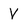
Character: V